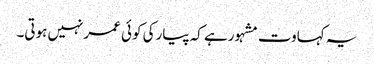
یہ کہاوت مشہورہے کہ پیارکی کوئی عمرنہیں ہوتی۔